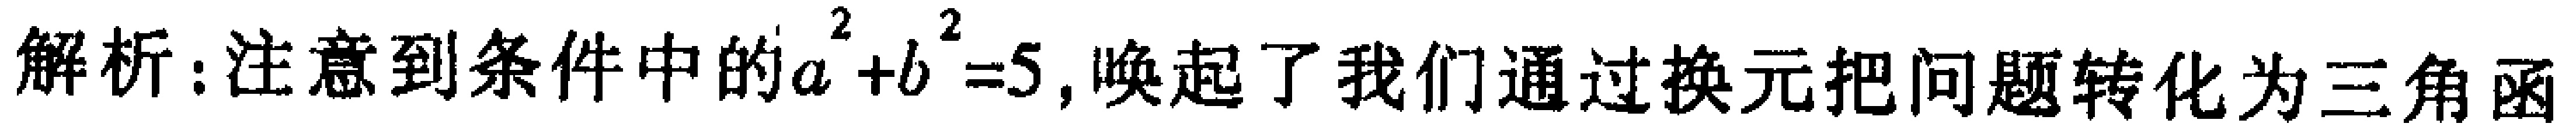
解析：注意到条件中的\(a^{2}+b^{2}=5\)，唤起了我们通过换元把问题转化为三角函